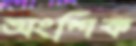
অংশিক